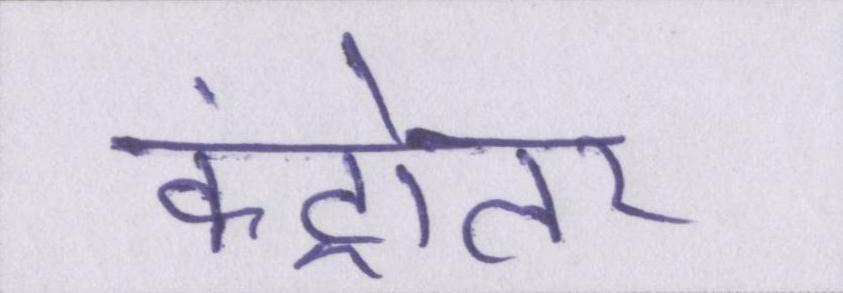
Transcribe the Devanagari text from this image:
कंट्रोलर